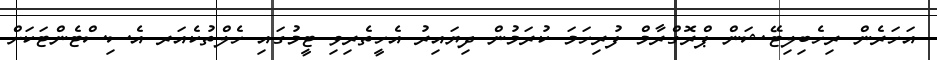
އަހަރެން ރިހެބިލިޓޭޝަން ޕްރޮގްރާމް ފުރިހަމަ ކުރަމުން ދިޔައިރު އެހީތެރިވި ޓީމުގައި ހެލްތުކެއަރ އެސިސްޓެންޓަކަށް